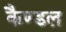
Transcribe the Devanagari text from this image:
कैण्डल